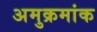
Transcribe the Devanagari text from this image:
अमुक्रमांक